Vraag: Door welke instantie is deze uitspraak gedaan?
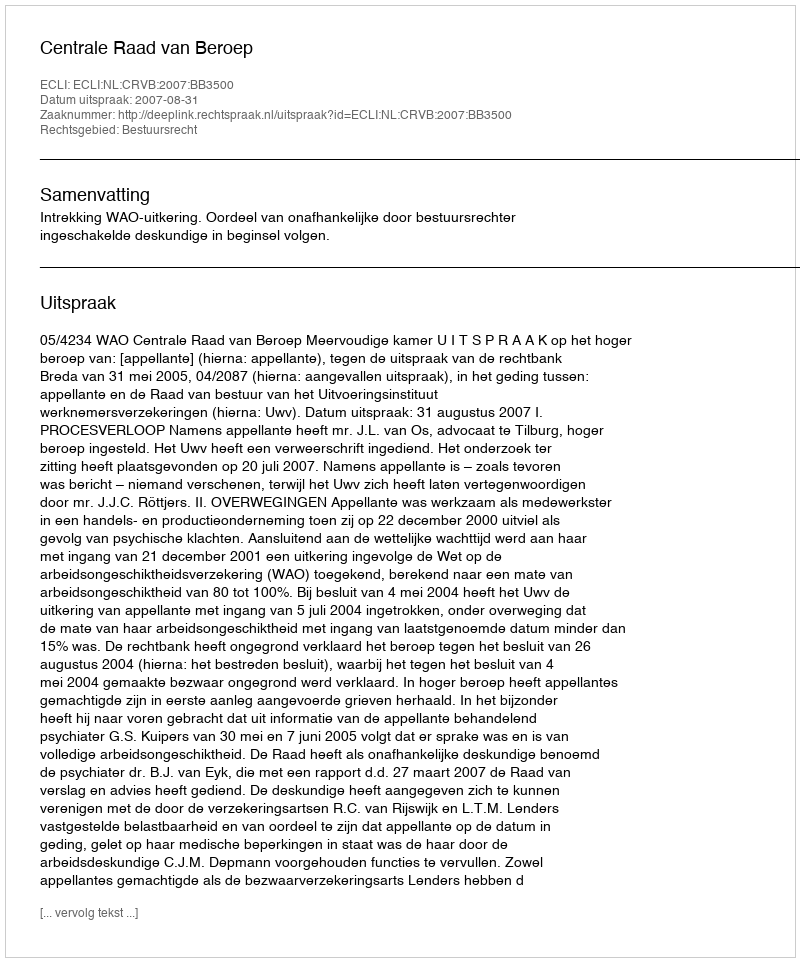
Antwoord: Centrale Raad van Beroep